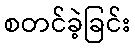
စတင်ခဲ့ခြင်း